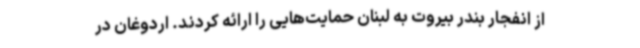
از انفجار بندر بیروت به لبنان حمایت‌هایی را ارائه کردند. اردوغان در